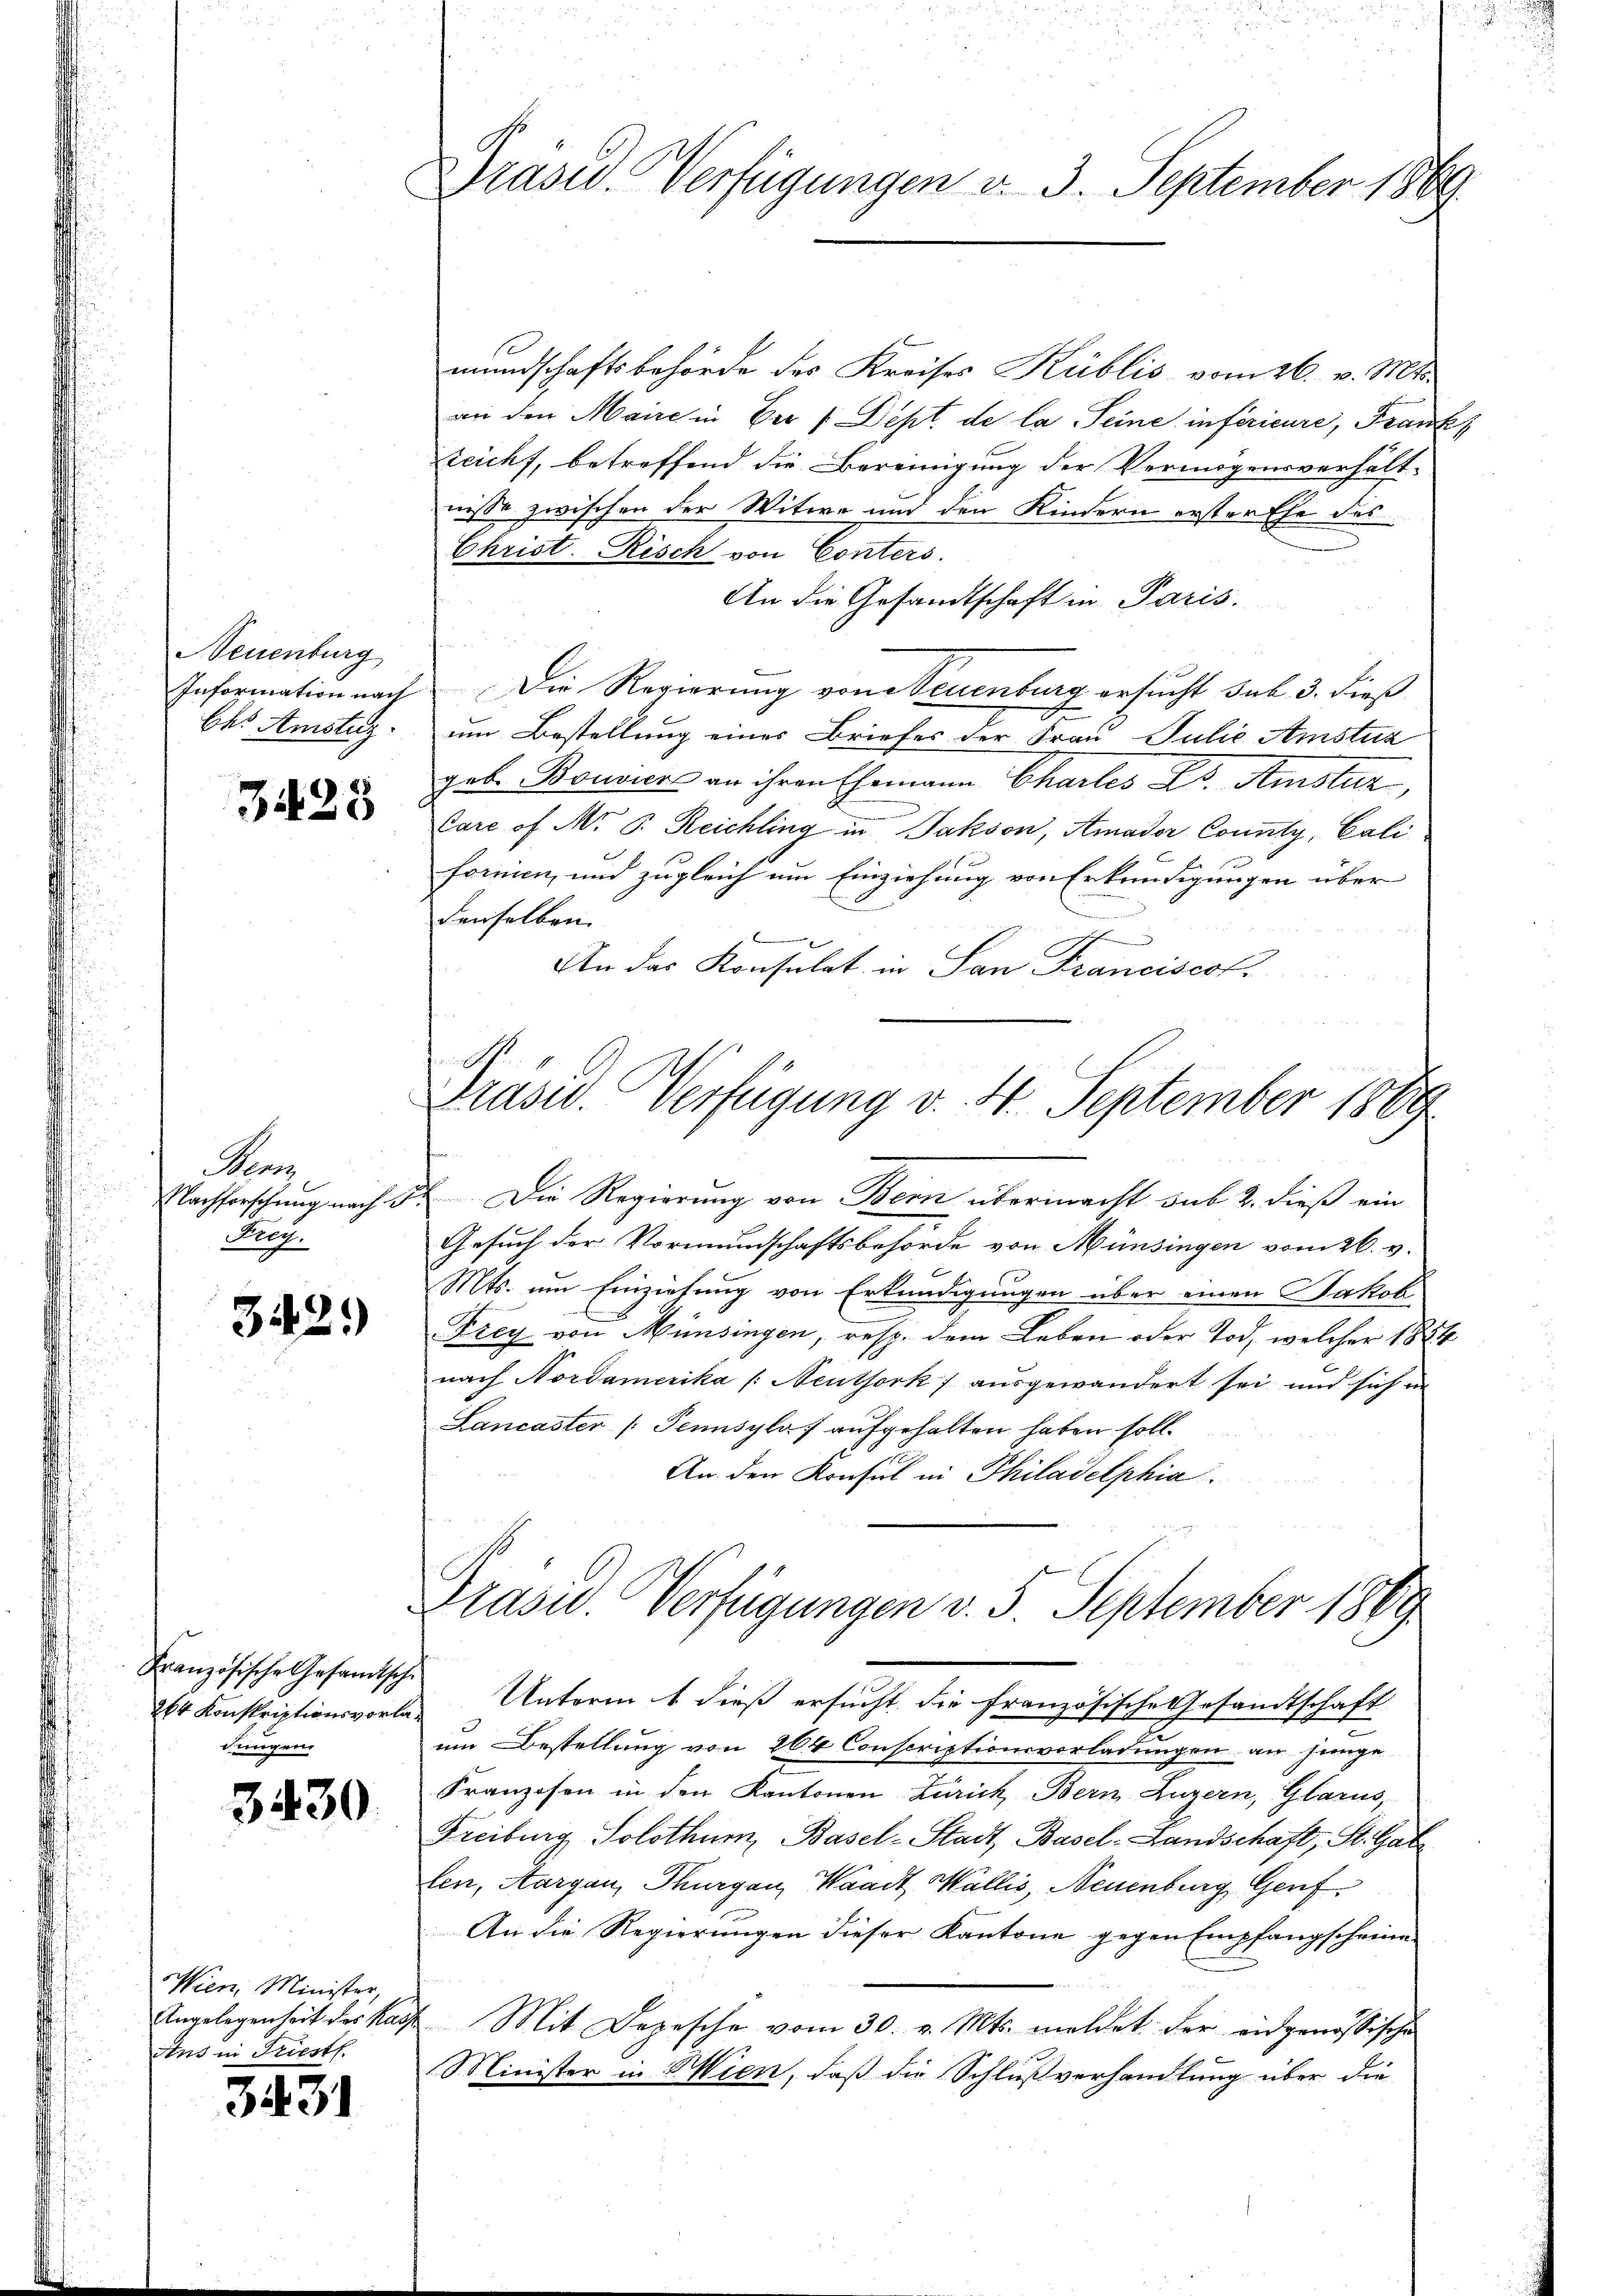
Neuenburg
Information nach
Ch. Amstitz.

3428

Pens
Nachforschung nach §.
Rieg.

342.

Französische Gesandtschi
264 Konskriptionsvorladungen.

3430.

Wien, Minister,
Angelegenheit des Kass
Ans in Friest.

3431

Präsid. Verfügungen v. 3. September 1869

mundschaftsbehörde des Kreises Küblis vom 26. v. Mts.
an den Maire in Der 1. Dept. de la Seine inférieure, Frank
zeicht, betreffend die Bereinigung der Vermögensverhältnisse zwischen der Witwe und den Kindern erster Ehe des
Christ. Risch von Conters.
An die Gesandtschaft in Paris.
Die Regierung von Neuenburg ersucht sub. 3. dieß
um Bestellung eines Briefes der Frau Julić Amstuz
geb. Bouvier an ihren Ehemann Chartes L. Amster,
Care of No 6. Reichling in Jakson, Amador County, Cali
C
b
formen, und zugleich um Einziehung von Erkundigungen über
denselben.
An das Konsulat in San Franciscol.

Präsid.. Verfügung v. 4. September 1889

Die Regierung von Bern übermacht sub 2. dieß ein
Gesuch der Vormundschaftsbehörde von Münsingen vom 26. v.
Mts. um Einziehung von Erkundigungen über einen Jakob
Frey von Münsingen, resp. dem Leben oder Tod, welcher 1854
nach Nordamerika /: Neuthork) ausgewandert sei und sich in
Lancaster (Pennsylaf aufgehalten haben soll.
An den Konsul in Philadelphia

Präsid.. Verfügungen v. 5. September 1869

Unterm 1 dieß ersucht die französische Gesandtschaft
um Bestellung von 264 Conscriptionsvorladungen an junge
Franzosen in den Kantonen Zürich, Bern Luzern, Glarus,
Freiburg Solothum, Basel-Stadt, Basel-Landschaft, St. Gal
len, Aargau, Thurgau, Waadt, Wallis, Neuenburg, Genf
An die Regierungen dieser Kantone gegen Empfangscheine
Mit Depesche vom 30. v. Mts. meldet der eidgenössische
Minister in Wien, daß die Schlußverhandlung über die